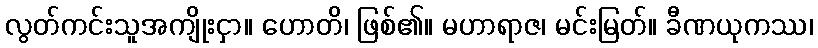
လွတ်ကင်းသူအကျိုးငှာ။ ဟောတိ၊ ဖြစ်၏။ မဟာရာဇ၊ မင်းမြတ်။ ခီဏယုကဿ၊